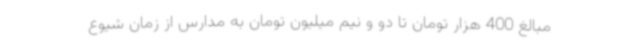
مبالغ 400 هزار تومان تا دو و نیم میلیون تومان به مدارس از زمان شیوع